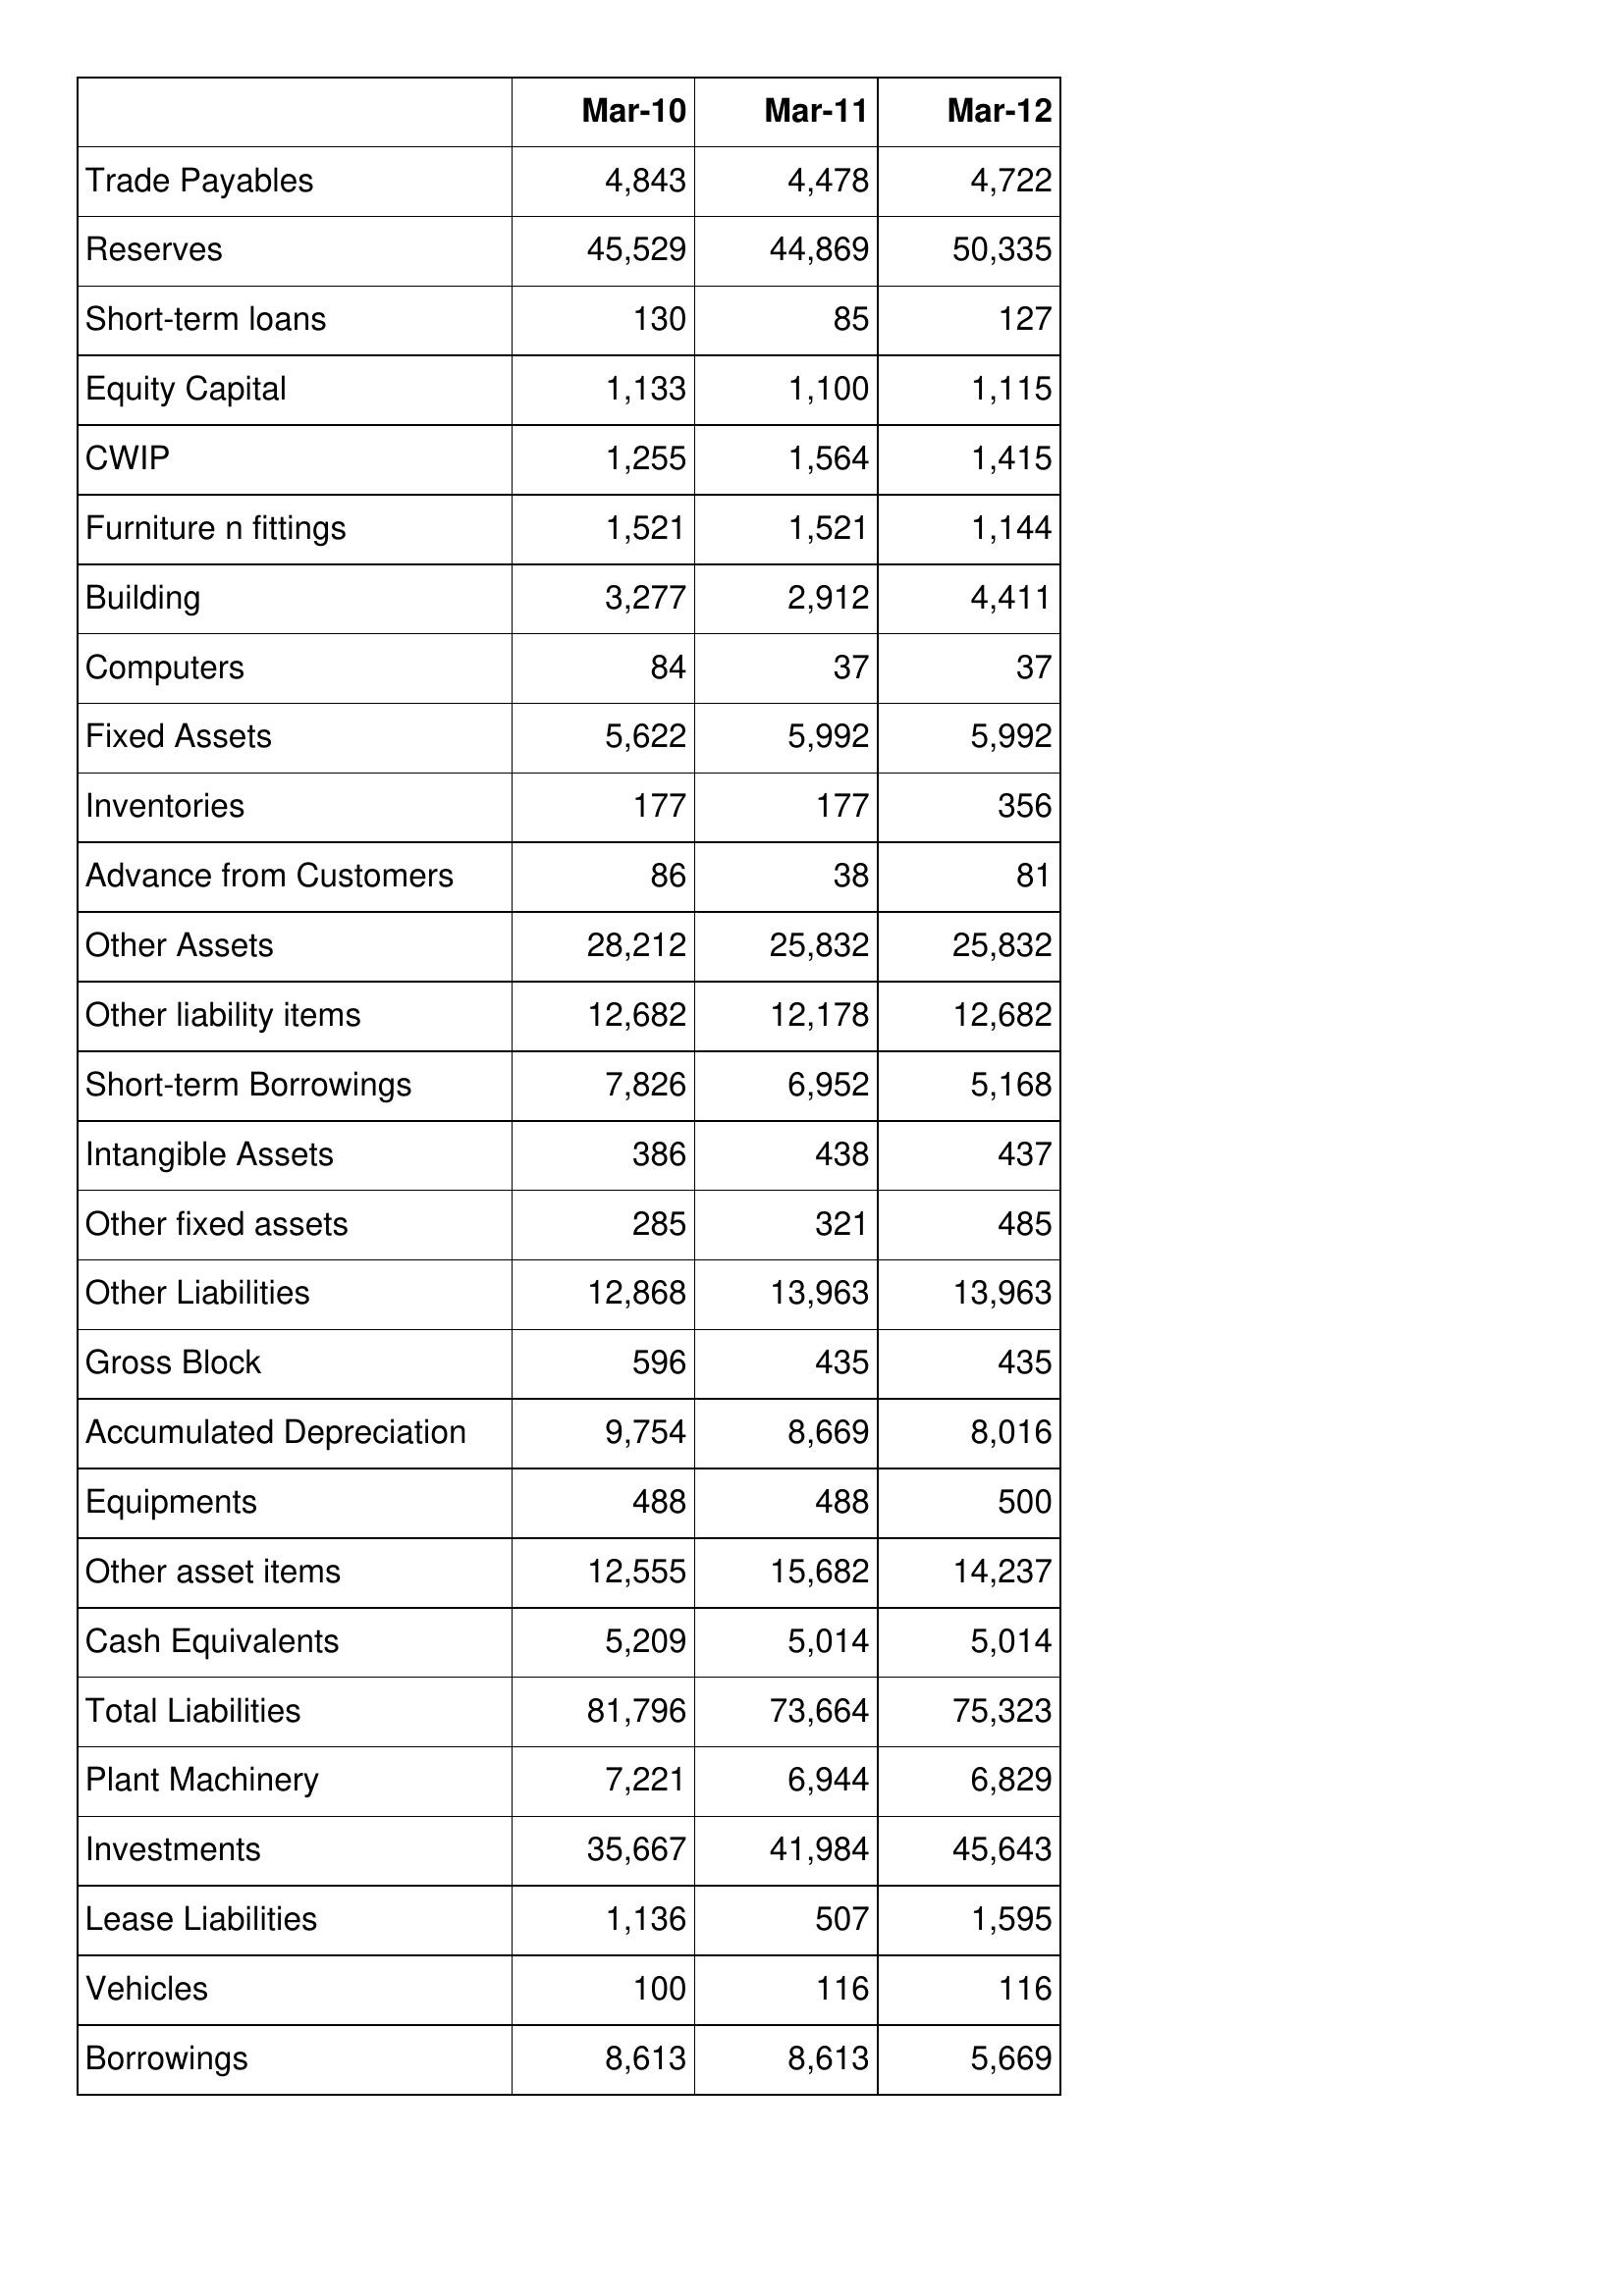
Mar-10: Balance Sheet: Trade Payables: 4,843
Reserves: 45,529
Short-term loans: 130
Equity Capital: 1,133
CWIP: 1,255
Furniture n fittings: 1,521
Building: 3,277
Computers: 84
Fixed Assets: 5,622
Inventories: 177
Advance from Customers: 86
Other Assets: 28,212
Other liability items: 12,682
Short-term Borrowings: 7,826
Intangible Assets: 386
Other fixed assets: 285
Other Liabilities: 12,868
Gross Block: 596
Accumulated Depreciation: 9,754
Equipments: 488
Other asset items: 12,555
Cash Equivalents: 5,209
Total Liabilities: 81,796
Plant Machinery: 7,221
Investments: 35,667
Lease Liabilities: 1,136
Vehicles: 100
Borrowings: 8,613
Mar-11: Balance Sheet: Trade Payables: 4,478
Reserves: 44,869
Short-term loans: 85
Equity Capital: 1,100
CWIP: 1,564
Furniture n fittings: 1,521
Building: 2,912
Computers: 37
Fixed Assets: 5,992
Inventories: 177
Advance from Customers: 38
Other Assets: 25,832
Other liability items: 12,178
Short-term Borrowings: 6,952
Intangible Assets: 438
Other fixed assets: 321
Other Liabilities: 13,963
Gross Block: 435
Accumulated Depreciation: 8,669
Equipments: 488
Other asset items: 15,682
Cash Equivalents: 5,014
Total Liabilities: 73,664
Plant Machinery: 6,944
Investments: 41,984
Lease Liabilities: 507
Vehicles: 116
Borrowings: 8,613
Mar-12: Balance Sheet: Trade Payables: 4,722
Reserves: 50,335
Short-term loans: 127
Equity Capital: 1,115
CWIP: 1,415
Furniture n fittings: 1,144
Building: 4,411
Computers: 37
Fixed Assets: 5,992
Inventories: 356
Advance from Customers: 81
Other Assets: 25,832
Other liability items: 12,682
Short-term Borrowings: 5,168
Intangible Assets: 437
Other fixed assets: 485
Other Liabilities: 13,963
Gross Block: 435
Accumulated Depreciation: 8,016
Equipments: 500
Other asset items: 14,237
Cash Equivalents: 5,014
Total Liabilities: 75,323
Plant Machinery: 6,829
Investments: 45,643
Lease Liabilities: 1,595
Vehicles: 116
Borrowings: 5,669